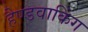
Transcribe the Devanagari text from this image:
हैण्डवाकिंग